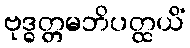
ဗုဒ္ဓတ္တမဘိပတ္ထယိံ